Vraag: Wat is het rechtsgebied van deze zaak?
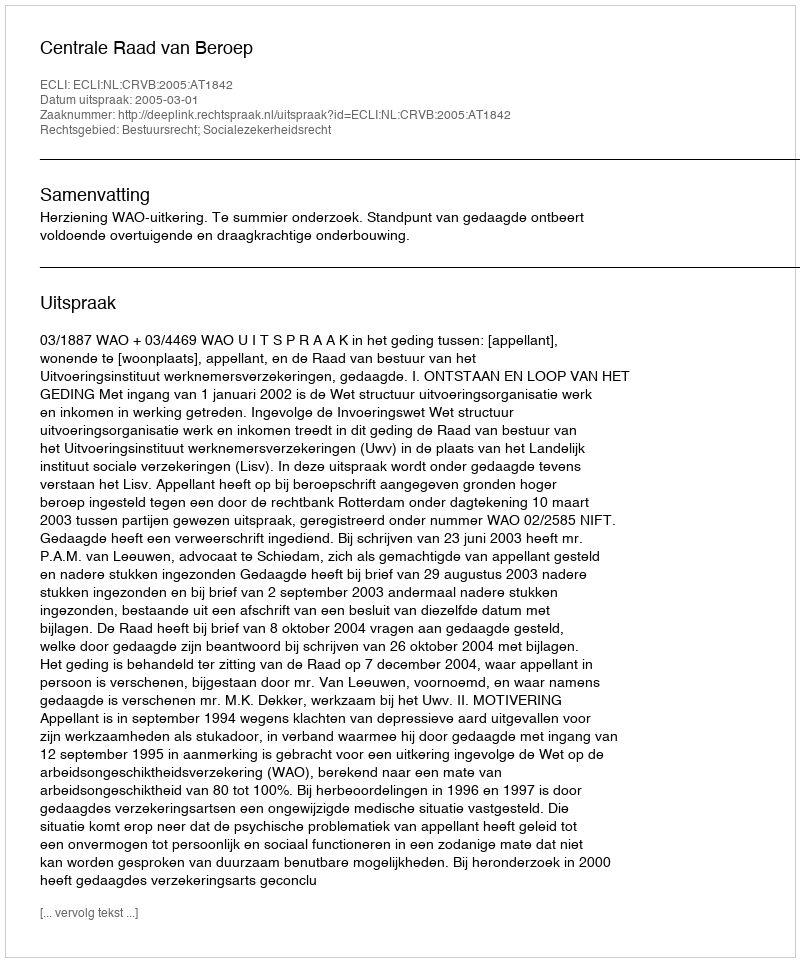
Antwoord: Bestuursrecht; Socialezekerheidsrecht